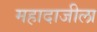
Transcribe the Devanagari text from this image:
महादाजीला